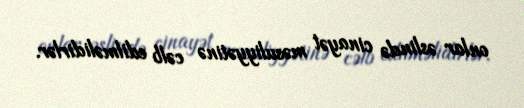
onlar əslində cinayət məsuliyyətinə cəlb edilməlidirlər.